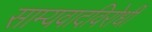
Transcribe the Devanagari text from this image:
साम्यवादविरोधी